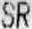
SR